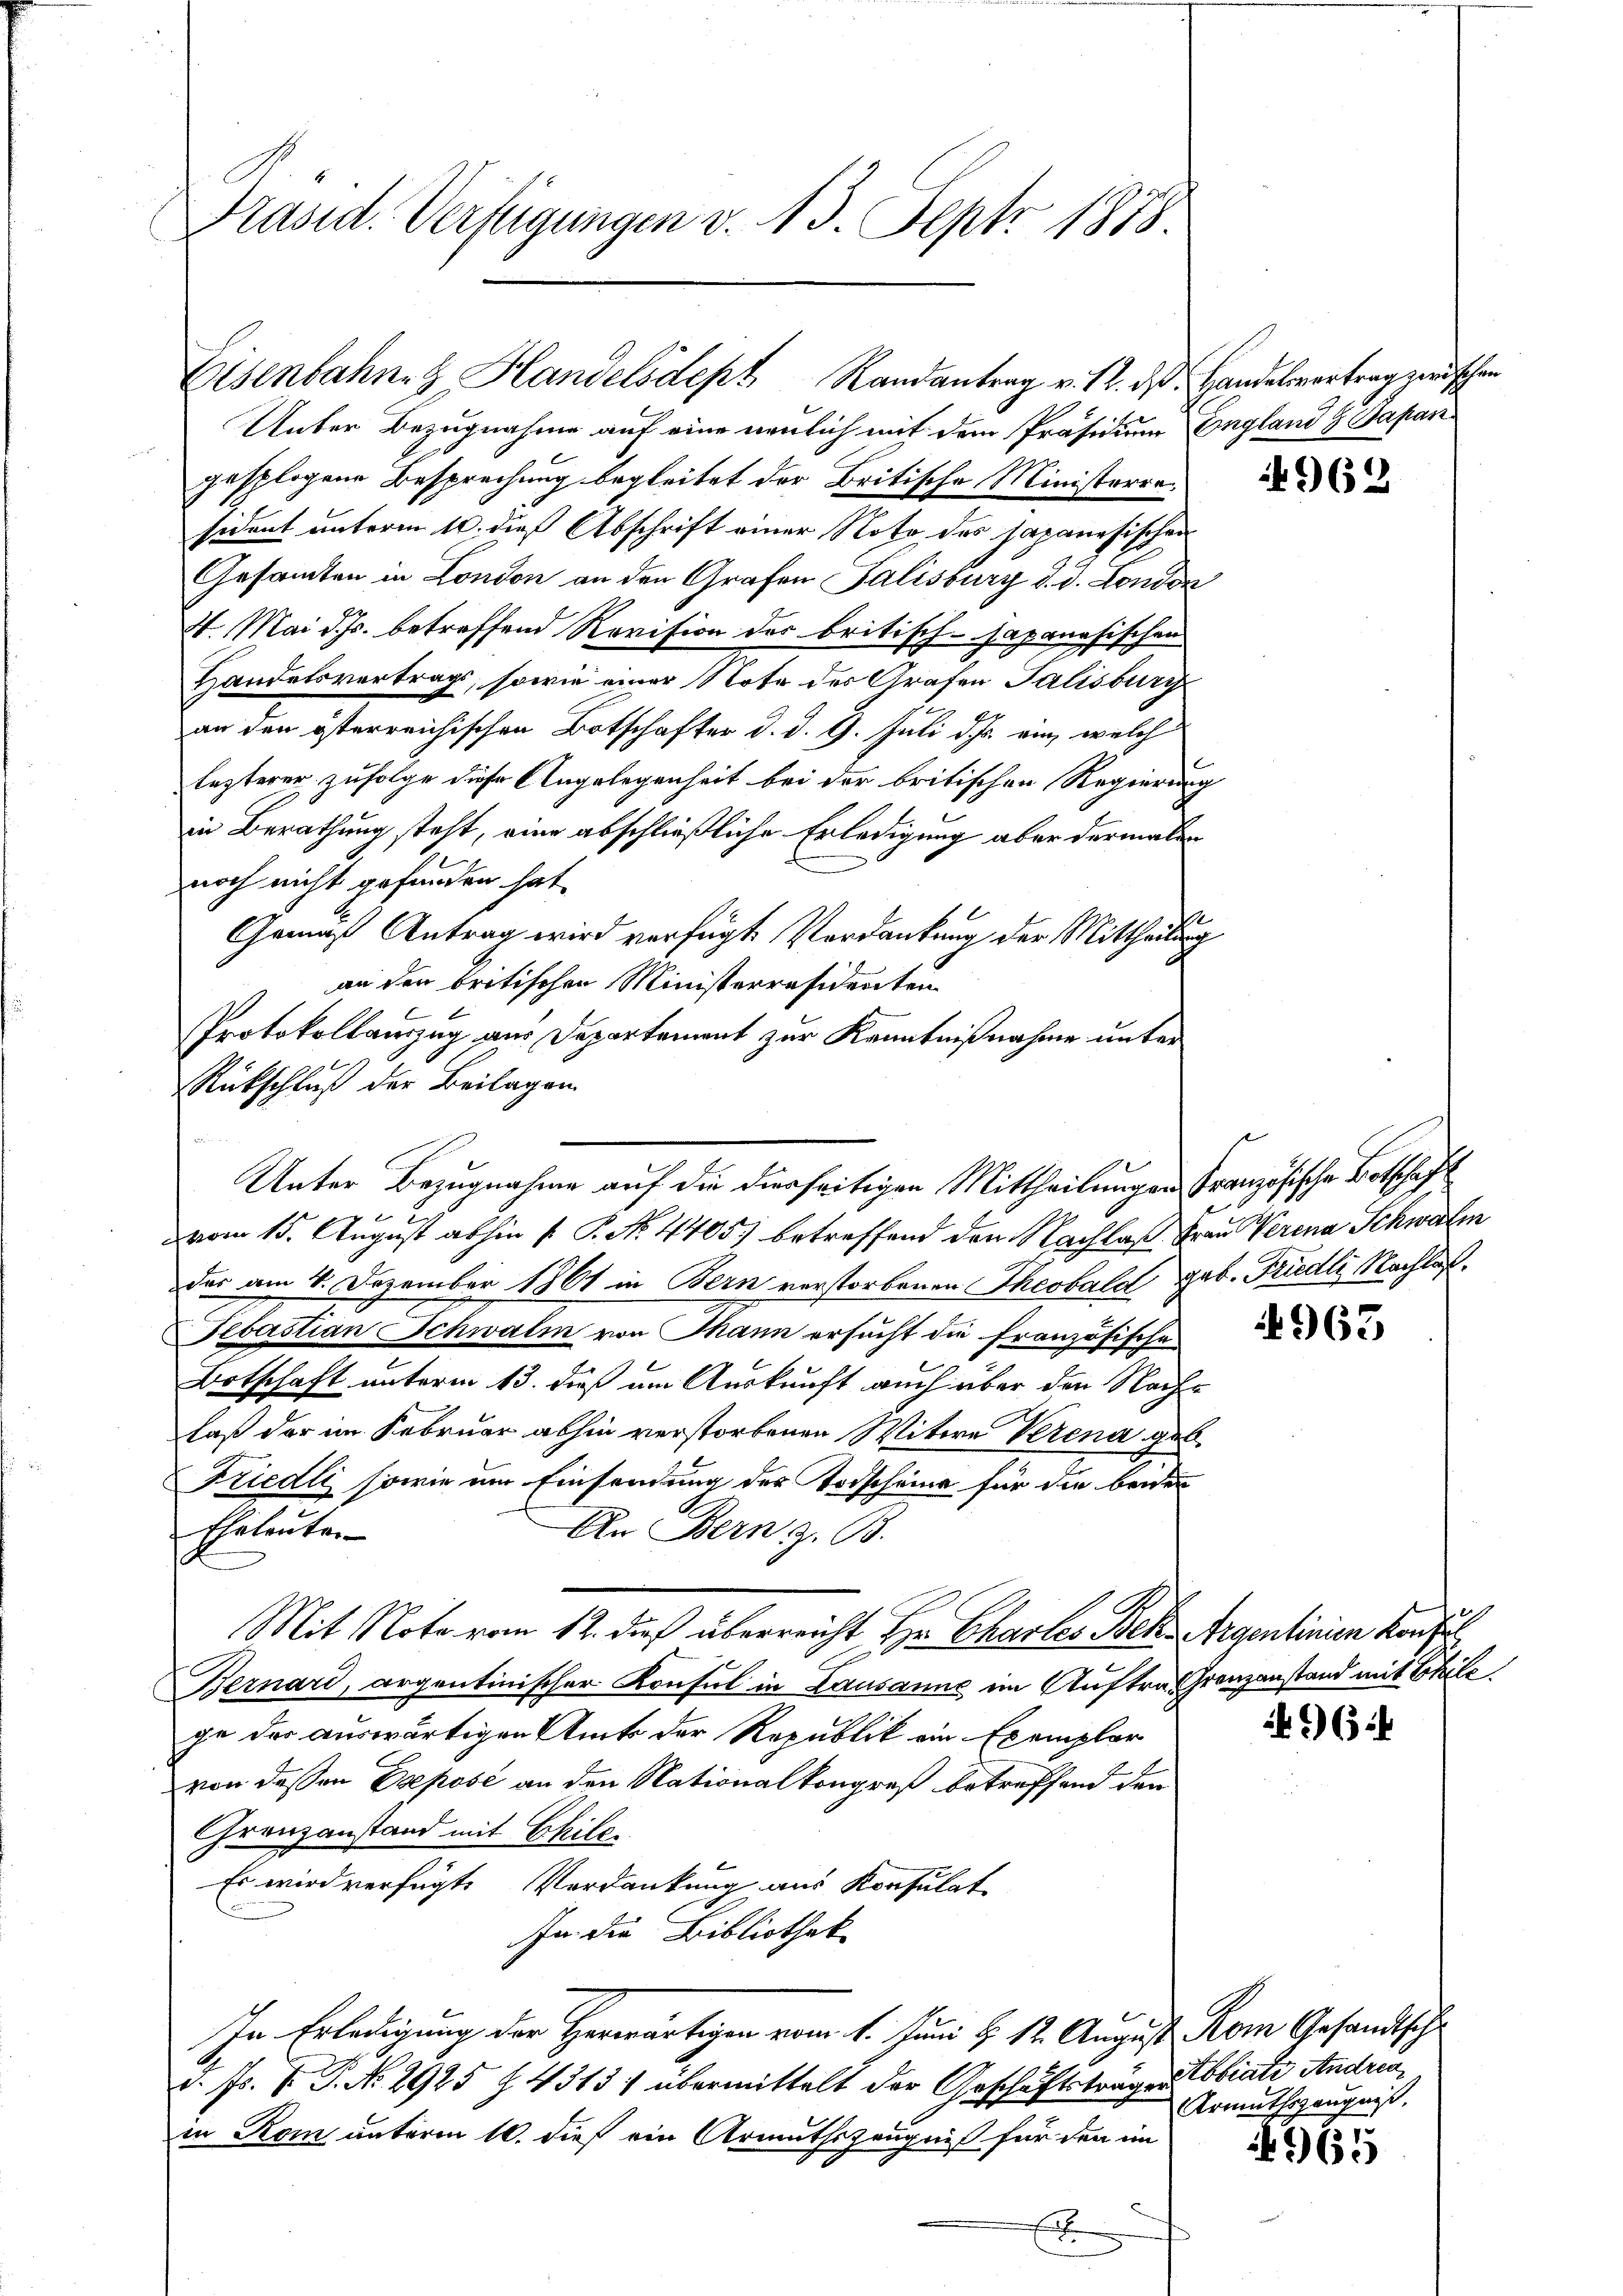
Präsid. Verfügungen v. 13. Sept 1878.

Eisenbahn- & Handelsdept Randantrag v. 12. ds.

Unter Bezugnahme auf eine neulich mit dem Präsidium
gesplogene Besprechung begleitet der Britische Ministerresident unterm 10. dieß Abschrift einer Note des Japanesischen
Gesammten in London an den Grafen Palisburg d. d. Londo
24. Mai d. Js. betreffend Revision der britisch-Japanesischen
Handelsvertrags, sowie einer Note des Grafen Talisburg
an den österreichischen Botschafter d. d. 9. Juli d. Js. ein, welch
lezterer zufolge diese Angelegenheit bei der britischen Regierung
in Berathung steht, eine abschließliche Erledigung aber dermalinoch nicht gefunden hat.
Gemäß Antrag wird verfügt. Verdankung der Mittheiler
an den britischen Ministerräsidenten
Protokollauszug aus Departement zur Kenntnißnahme unter
Rückschluß der Beilagen

vom 15. August abhin P. P. N. 4405) betreffend den Nachlaß Frau Verena Schwalm
das am 4. Dezember 1861 in Bern verstorbenen Theobald geb. Fridli Nachlaß¬
Sebastian Schwalm von Thann ersucht die Französische
Botschaft unterm 13. dieß am Auskunft auch über den Nachlaß der im Februar abhin verstorbenen Witwe Verena ge¬
Friedli sowie um Einsendung der Torscheine für die beiden
Eheleuten
An Bern z. B.
Mit Note vom 12. dieß überreicht Hr. Chartes Bek. Argenlinien kons
Bernard, argentinischer Konsul in Lausanne im Auftrag Grenzanstand mit Thile.
ge der auswärtigen Amts der Republik ein Exemplar
von dessen Deposé an den Nationalkongreß betreffend den
Grenzanstand mit Schile-
Es wird verfügte Verdankung aus Konsulat
In die Bibliothek
In Erledigung der Herwärtigen vom 1. Juni d. 12. August Rom Gesandtsche
d. Js. v. P. No. 2925 f. 4313) übermittelt der Geschäftsträgen Tobiate Andriain Rom unterm 10. dieß ein Armuthszeugniß für den im
E

Unter Bezugnahme auf die dierseitigen Mittheilungen Französische Botschaft

S. Handelsvertrag zwischen
England & Sapan

u
u

962

4963

) 64

Armuthszeugniß,

965